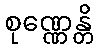
စုဏ္ဏေန္တိ